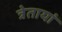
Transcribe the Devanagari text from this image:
त्रेतायां